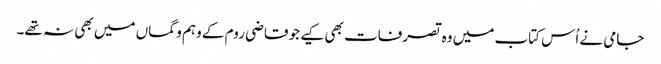
جامی نے اُس کتاب میں وہ تصرفات بھی کیے جو قاضی روم کے وہم و گماں میں بھی نہ تھے۔